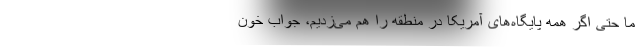
ما حتی اگر همه پایگاه‌های آمریکا در منطقه را هم می‌زدیم، جواب خون